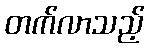
တက်လာသည့်